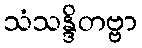
သံသန္ဒိတဗ္ဗာ